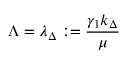
\Lambda = \lambda _ { \Delta } : = \frac { \gamma _ { 1 } k _ { \Delta } } { \mu }